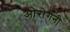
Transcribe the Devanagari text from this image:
ओरोगेनी